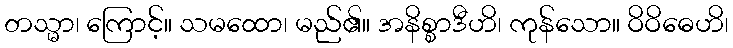
တသ္မာ၊ ကြောင့်။ သမထော၊ မည်၏။ အနိစ္စာဒီဟိ၊ ကုန်သော။ ဝိဝိဓေဟိ၊